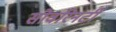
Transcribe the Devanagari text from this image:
सोवरिनटी